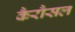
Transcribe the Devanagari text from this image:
कैरौसल